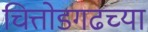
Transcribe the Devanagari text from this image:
चित्तोडगढच्या